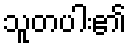
သူတပါး၏